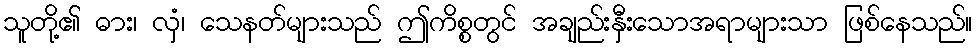
သူတို့၏ ဓား၊ လှံ၊ သေနတ်များသည် ဤကိစ္စတွင် အချည်းနှီးသောအရာများသာ ဖြစ်နေသည်။